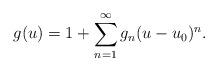
LaTeX: \begin{align*}g(u) = 1 + \sum\limits_{n=1}^{\infty} g_n (u-u_0)^n.\end{align*}